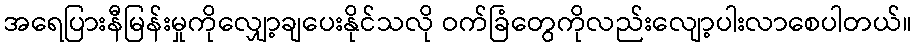
အရေပြားနီမြန်းမှုကိုလျှော့ချပေးနိုင်သလို ဝက်ခြံတွေကိုလည်းလျော့ပါးလာစေပါတယ်။